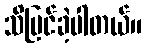
သိမြင်ခဲ့ပါတယ်။